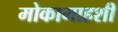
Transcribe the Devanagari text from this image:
मोकामाहशी